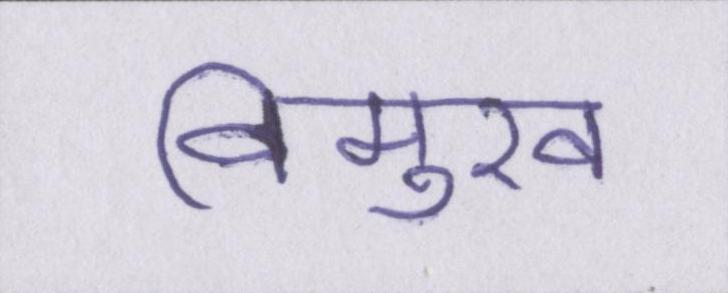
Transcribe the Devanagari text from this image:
विमुख